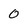
Character: 0